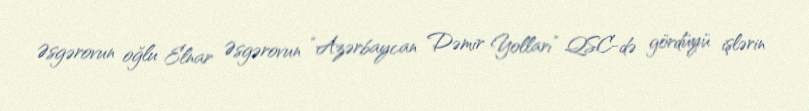
Əsgərovun oğlu Elnar Əsgərovun “Azərbaycan Dəmir Yolları” QSC-də gördüyü işlərin